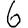
Digit: 6